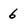
Character: 6